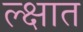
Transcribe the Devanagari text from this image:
ल्क्षात